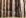
ليست